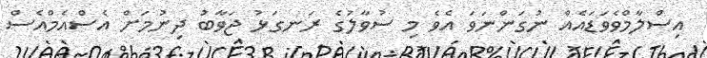
އިސްލާމްވެވަޑައެއް ނުގަންނަވަ އެވެ މި ސުވާލުގެ ރަނގަޅު ޖަވާބު ދިނުމަށް އެސްއެމްއެސް